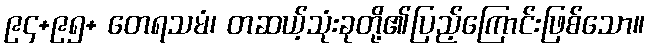
၉၄+၉၅+ တေရသမံ၊ တဆယ့်သုံးခုတို့၏ပြည့်ကြောင်းဖြစ်သော။